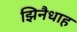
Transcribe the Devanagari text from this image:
झिनैधाह